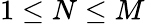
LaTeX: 1\leq N\leq M